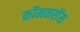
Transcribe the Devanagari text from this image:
कॉमनसेंस